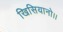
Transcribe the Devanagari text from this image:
खिसियानो।।